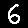
Digit: 6